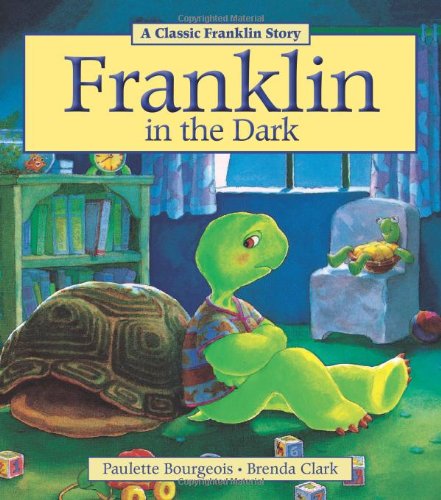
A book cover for Franklin in the Dark; Paulette Bourgeois; Children's Books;